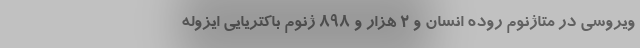
ویروسی در متاژنوم روده انسان و ۲ هزار و ۸۹۸ ژنوم باکتریایی ایزوله